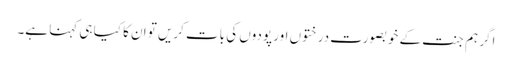
اگر ہم جنت کے خوبصورت درختوں اور پودوں کی بات کریں تو ان کا کیا ہی کہنا ہے۔